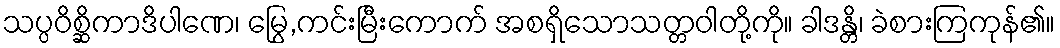
သပ္ပဝိစ္ဆိကာဒိပါဏေ၊ မြွေ,ကင်းမြီးကောက် အစရှိသောသတ္တဝါတို့ကို။ ခါဒန္တိ၊ ခဲစားကြကုန်၏။